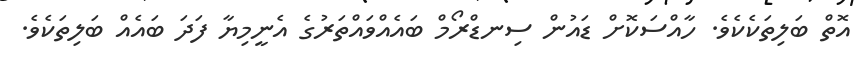
އޮތް ބަލިތަކެކެވެ. ހާއްސަކޮށް ޑައުން ސިނޑްރޯމް ބައެއްވައްތަރުގެ އެނީމިޔާ ފަދަ ބައެއް ބަލިތަކެވެ.